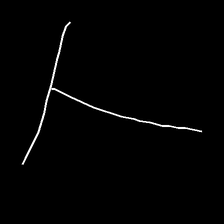
Glyph: column